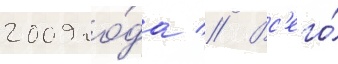
2009 го́да // Вс'его́